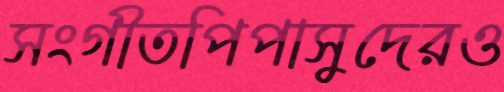
সংগীতপিপাসুদেরও